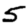
Digit: 5